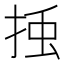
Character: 𭡀